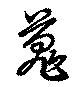
蒐